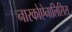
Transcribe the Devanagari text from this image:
नारकोऐनालिसिस